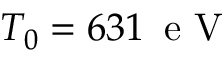
T _ { 0 } = 6 3 1 \, \mathrm { ~ e ~ V ~ }